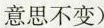
意思不变)